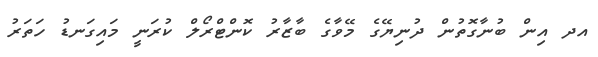
އދ އިން ބުނާގޮތުން ދުނިޔޭގެ މޭވާގެ ބާޒާރު ކޮންޓްރޯލް ކުރަނީ މައިގަނޑު ހަތަރު